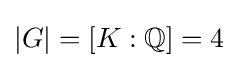
|G|=[K:\mathbb {Q} ]=4